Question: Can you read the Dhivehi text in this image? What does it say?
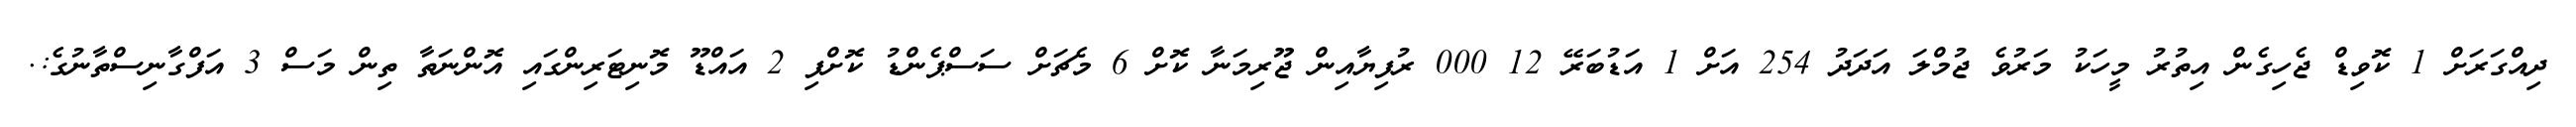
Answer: ދިއްގަރަށް 1 ކޮވިޑް ޖެހިގެން އިތުރު މީހަކު މަރުވެ ޖުމްލަ އަދަދު 254 އަށް 1 އަޑުބަރޭ 12 000 ރުފިޔާއިން ޖޫރިމަނާ ކޮށް 6 މެޗަށް ސަސްޕެންޑު ކޮށްފި 2 އައްޑޫ މޮނިޓަރިންގައި އޮންނަތާ ތިން މަސް 3 އަފްގާނިސްތާނުގެ:.